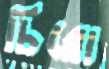
চিরো